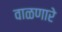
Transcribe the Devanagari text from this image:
वाळणारे